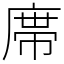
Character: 鿮